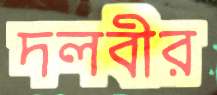
দলবীর